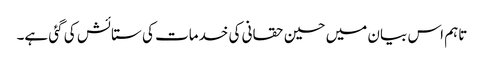
تاہم اس بیان میں حسین حقانی کی خدمات کی ستائش کی گئی ہے۔